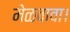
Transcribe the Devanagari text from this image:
मेळवावा।